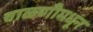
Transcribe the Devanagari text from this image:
चाळणीमधून